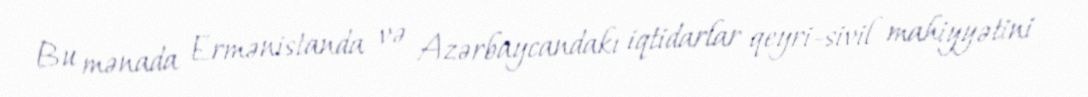
Bu mənada Ermənistanda və Azərbaycandakı iqtidarlar qeyri-sivil mahiyyətini